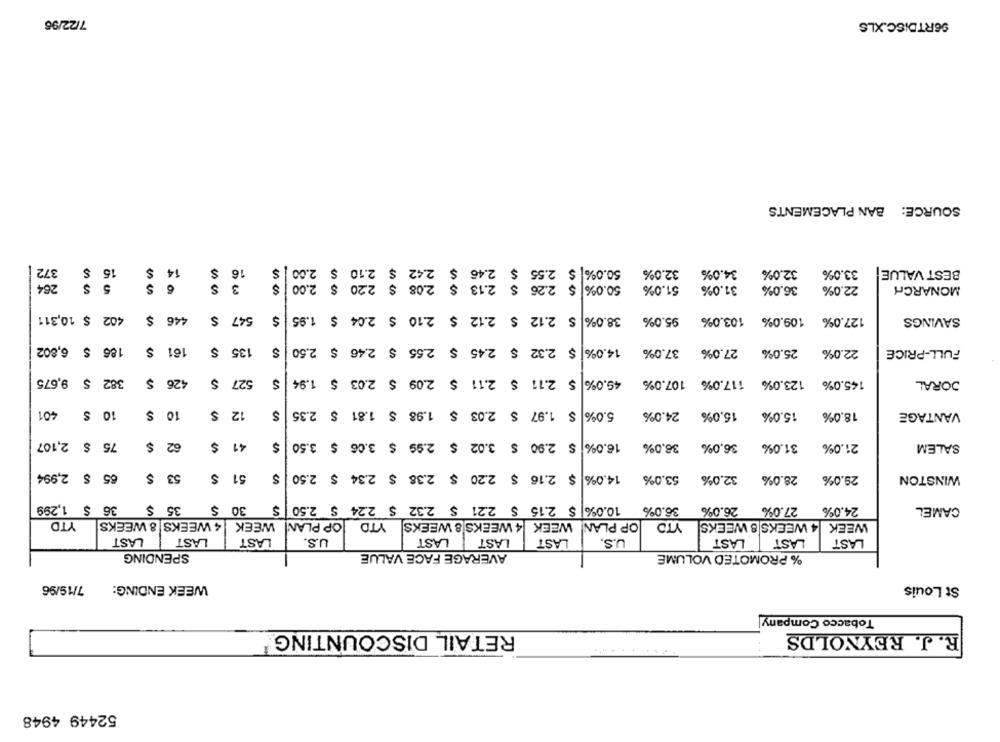
7/22/96
96RTDISC.XLS
SOURCE: BAN PLACEMENTS
15 $
14
372
$
16
$
50.0% $ 2.55 $ 2.46 $ 2.42 $ 2.10 $ 2.00
32.0%
34.0%
32.0%
33.0%
BEST VALUE
264
5 $
$
6
3
$
50.0% $ 2.26 $ 2.13 $ 2.08 $ 2.20 $ 2.00
51.0%
31.0%
36.0%
22.0%
MONARCH
402 $ 10,311
$
446
547 $
38.0% $ 2.12 $ 2.12 $ 2.10 $ 2.04 $ 1.95
95.0%
103.0%
109.0%
127.0%
SAVINGS
186 $ 6,802
$
161
135
$ 2.32 $ 2.45 $ 2.55 $ 2.46 $ 2.50
14.0%
37.0%
27.0%
FULL-PRICE
25.0%
22.0%
382 $ 9,675
426 $
$ 2.11 $ 2.11 $ 2.09 $ 2.03 $ 1.94
DORAL
$
527
49,0%
107.0%
117.0%
123.0%
145.0%
en
401
10 S
$
10 $
$
12
$ 1.97 $ 2.03 $ 1.98 $ 1.81 $ 2.35
5,0%
24.0%
15.0%
15.0%
18.0%
VANTAGE
75 $ 2,107
62 $
41 $
$ 2.90 $ 3.02 $ 2.99 $ 3.06 $ 3.50
16.0%
36.0%
36,0%
31.0%
21.0%
SALEM
65 $ 2,994
53 $
51 $
$ 2.16 $ 2.20 $ 2.38 $ 2.34 $ 2.50
14.0%
53.0%
32,0%
28.0%
29.0%
WINSTON
35 $ 36 $ 1,299
30 $
10.0% $ 2.15 $ 2.21 $ 2.32 $ 2.24 $ 2.50
36.0%
26.0%
27.0%
24.0%
CAMEL
YTD
4 WEEKS 8 WEEKS
WEEK
OP PLAN
YTD
4 WEEKS 8 WEEKS
WEEK
OP PLAN!
YTO
4 WEEKS 8 WEEKS
WEEK
LAST
LAST
LAST
U.S.
LAST
LAST
LAST
U.S.
LAST
LAST
LAST
SPENDING
AVERAGE FACE VALUE
% PROMOTED VOLUME
7/19/96
WEEK ENDING:
St Louis
Tobacco Company|
RETAIL DISCOUNTING
R. J. REYNOLDS
.........
52449 4948